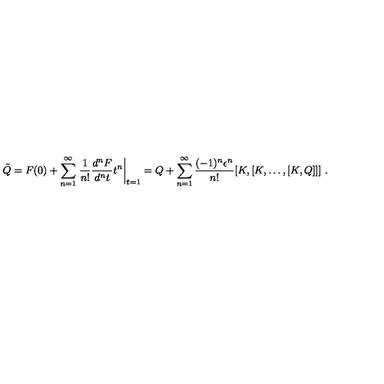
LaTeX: \tilde { Q } = F ( 0 ) + \sum _ { n = 1 } ^ { \infty } \left. \frac { 1 } { n ! } \frac { d ^ { n } F } { d ^ { n } t } t ^ { n } \right| _ { t = 1 } = Q + \sum _ { n = 1 } ^ { \infty } \frac { ( - 1 ) ^ { n } \epsilon ^ { n } } { n ! } [ K , [ K , \dots , [ K , Q ] ] ] \ .